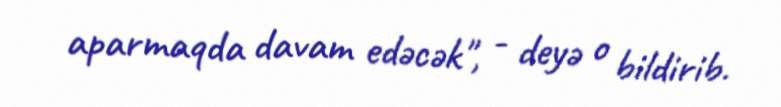
aparmaqda davam edəcək", - deyə o bildirib.